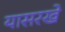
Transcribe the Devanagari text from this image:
यासरखे